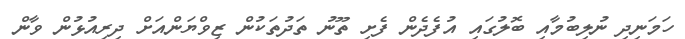
ހަމަނިދި ނުލިބުމާއި ބޮލުގައި އުފެދެން ފެށި ތޫނު ތަދުތަކުން ޒިވްޔަންއަށް ދިރިއުޅުން ވާން